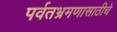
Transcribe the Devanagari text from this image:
पर्वतभ्रमणासाठीचे